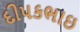
દીપકભાઇ